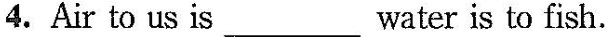
4. Air to us is___ water is to fish.